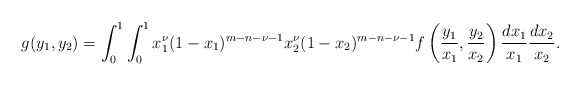
\begin{align*}g(y_1, y_2) = \int_0^1 \int_0^1 x_1^{\nu} (1-x_1)^{m-n-\nu-1} x_2^{\nu} (1-x_2)^{m-n-\nu-1}f\left( \frac{y_1}{x_1}, \frac{y_2}{x_2}\right) \frac{dx_1}{x_1} \frac{dx_2}{x_2}.\end{align*}